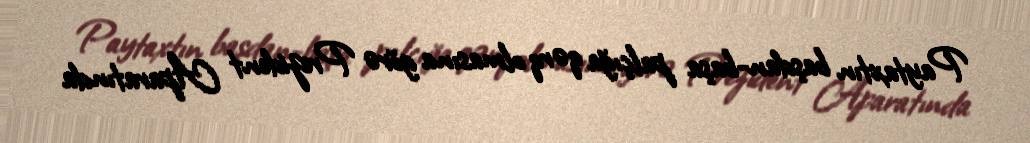
Paytaxtın başdan-başa palçığa qərq olmasına görə Prezident Aparatında